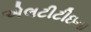
એલટીટીઇના